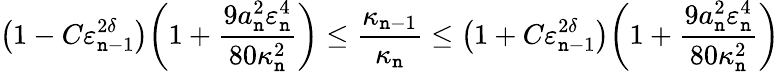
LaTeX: \bigl(1-C\varepsilon_{\mathtt{n}-1}^{2\delta}\bigr)\biggl(1+\frac{{9a_{\mathtt{n}}^{2}\varepsilon_{\mathtt{n}}^{4}}}{{80\kappa_{\mathtt{n}}^{2}}}\biggr)\leq\frac{{\kappa_{\mathtt{n}-1}}}{{\kappa_{\mathtt{n}}}}\leq\bigl(1+C\varepsilon_{\mathtt{n}-1}^{2\delta}\bigr)\biggl(1+\frac{{9a_{\mathtt{n}}^{2}\varepsilon_{\mathtt{n}}^{4}}}{{80\kappa_{\mathtt{n}}^{2}}}\biggr)